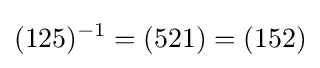
(125)^{-1}=(521)=(152)